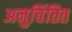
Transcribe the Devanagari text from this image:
अनुचिंतित